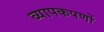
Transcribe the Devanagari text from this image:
व्यापकपर्णो